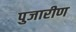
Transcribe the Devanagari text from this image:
पुजारीण